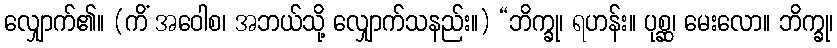
လျှောက်၏။ (ကိံ အဝေါစ၊ အဘယ်သို့ လျှောက်သနည်း။) “ဘိက္ခု၊ ရဟန်း။ ပုစ္ဆ၊ မေးလော။ ဘိက္ခု၊